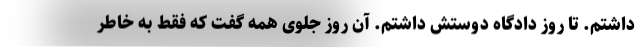
داشتم. تا روز دادگاه دوستش داشتم. آن روز جلوی همه گفت که فقط به خاطر